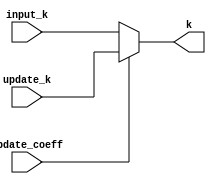
// This program was cloned from: https://github.com/weenslab/fpga101
// License: MIT License

`timescale 1ns / 1ps
//////////////////////////////////////////////////////////////////////////////////
// Company: Kyushu Institute of Technology
// 
// Design Name:     Neural Network (using backpropagation)
// Module Name:     sel_k
// Project Name:    LSI Design Contest in Okinawa 2018
// Target Devices: 
// Tool Versions: 
//
// Description: 
//   Select k form input data k or stored data k for updating coefficients. 
// Input:
//		input_k     : 16 bits 00_0000.0000_0000_00 signed : input value of k
//		update_k	: 16 bits 00_0000.0000_0000_00 signed : update value of k
//      update_coeff    : 1 bit : high active
// Output: 
//		k	: 16 bits 00_0000.0000_0000_00 signed : value of k
// Dependencies: 
// 
// Revision:
// Revision 0.01 - File Created
// Additional Comments:
// 
//////////////////////////////////////////////////////////////////////////////////

module sel_k(
    input signed [15:0] input_k,
    input signed [15:0] update_k,
    input update_coeff,
    output signed [15:0] k
    );
        
    assign k = (update_coeff==1'b1)? update_k: input_k;
    
endmodule